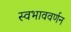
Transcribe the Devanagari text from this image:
स्वभाववर्णन